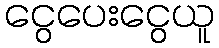
ငွေပေးငွေယူ